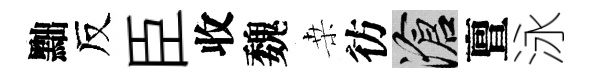
黜反臣收魏桒彷滄亶泳